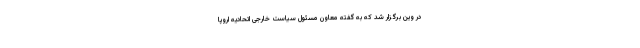
در وین برگزار شد که به گفته معاون مسئول سیاست خارجی اتحادیه اروپا